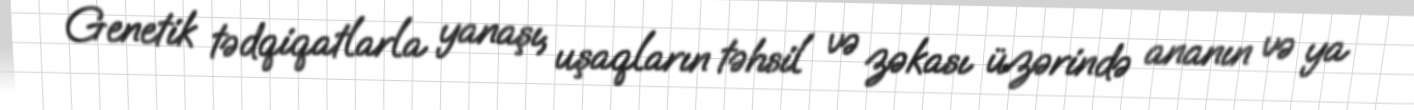
Genetik tədqiqatlarla yanaşı, uşaqların təhsil və zəkası üzərində ananın və ya